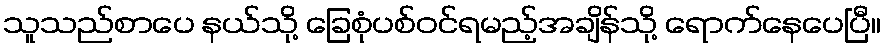
သူသည်စာပေ နယ်သို့ ခြေစုံပစ်ဝင်ရမည့်အချိန်သို့ ရောက်နေပေပြီ။